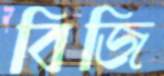
বিজি